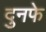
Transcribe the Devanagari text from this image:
दुनफे